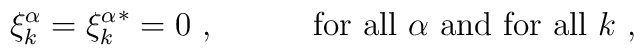
\xi^\alpha_k={\xi^\alpha_k}^*=0\ ,\hspace{6ex}{\rm\ for\ all}\ \alpha\ {\rm and\ for\ all}\ k\ ,